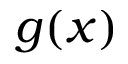
g ( x )